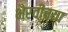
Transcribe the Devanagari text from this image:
भैरवीच्या